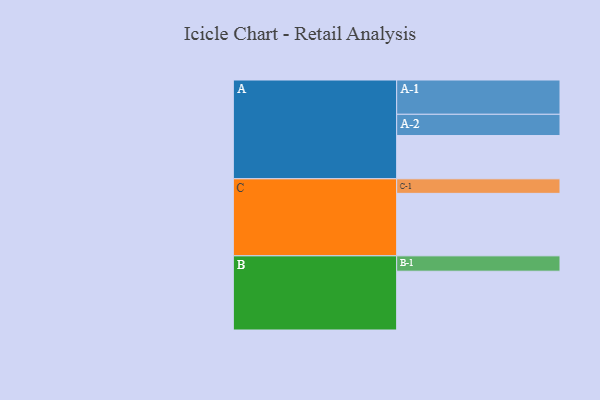
{"axis": {"x": "Segment", "y": "Value"}, "legend": ["", "A", "B", "C"], "data": [{"x": "A", "y": 318, "type": ""}, {"x": "B", "y": 432, "type": ""}, {"x": "C", "y": 459, "type": ""}, {"x": "A-1", "y": 252, "type": "A"}, {"x": "A-2", "y": 156, "type": "A"}, {"x": "B-1", "y": 113, "type": "B"}, {"x": "C-1", "y": 107, "type": "C"}]}